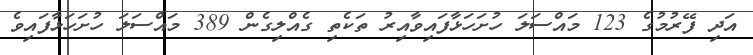
އަދި ފޭރުމުގެ 123 މައްސަލަ ހުށަހަޅާފައިވާއިރު ތަކެތި ގެއްލިގެން 389 މައްސަލަ ހުށަހަޅާފައިވެ